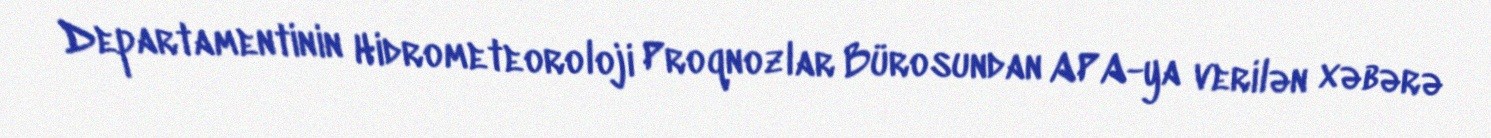
Departamentinin Hidrometeoroloji Proqnozlar Bürosundan APA-ya verilən xəbərə